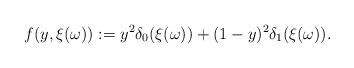
LaTeX: \begin{align*}f(y,\xi(\omega)) := y^2\delta_0(\xi(\omega)) + (1-y)^2\delta_1(\xi(\omega)).\end{align*}